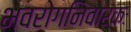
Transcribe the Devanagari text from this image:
भवरोगनिवारकः